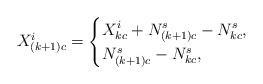
LaTeX: \begin{align*}X^i_{(k+1)c} = \begin{cases} X^i_{kc}+N^s_{(k+1)c}-N^s_{kc}, & \\N^s_{(k+1)c}-N^s_{kc}, & \\\end{cases}\end{align*}